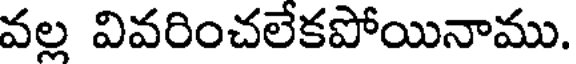
వల్ల వివరించలేకపోయినాము.